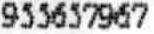
955657967